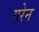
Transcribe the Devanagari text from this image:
मरेन